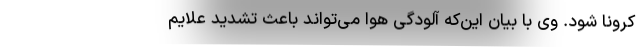
کرونا شود. وی با بیان این‌که آلودگی هوا می‌تواند باعث تشدید علایم